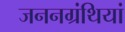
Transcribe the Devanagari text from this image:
जननग्रंथियां